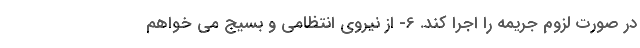
در صورت لزوم جریمه را اجرا کند. 6- از نیروی انتظامی و بسیج می خواهم